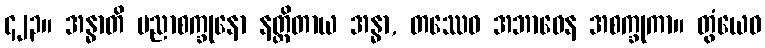
၄၂၃။ အန္ဓာတိ ပညာစက္ခုနော နတ္ထိတာယ အန္ဓာ, တဿေဝ အဘာဝေန အစက္ခုကာ။ တွံယေဝ